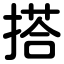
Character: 搭